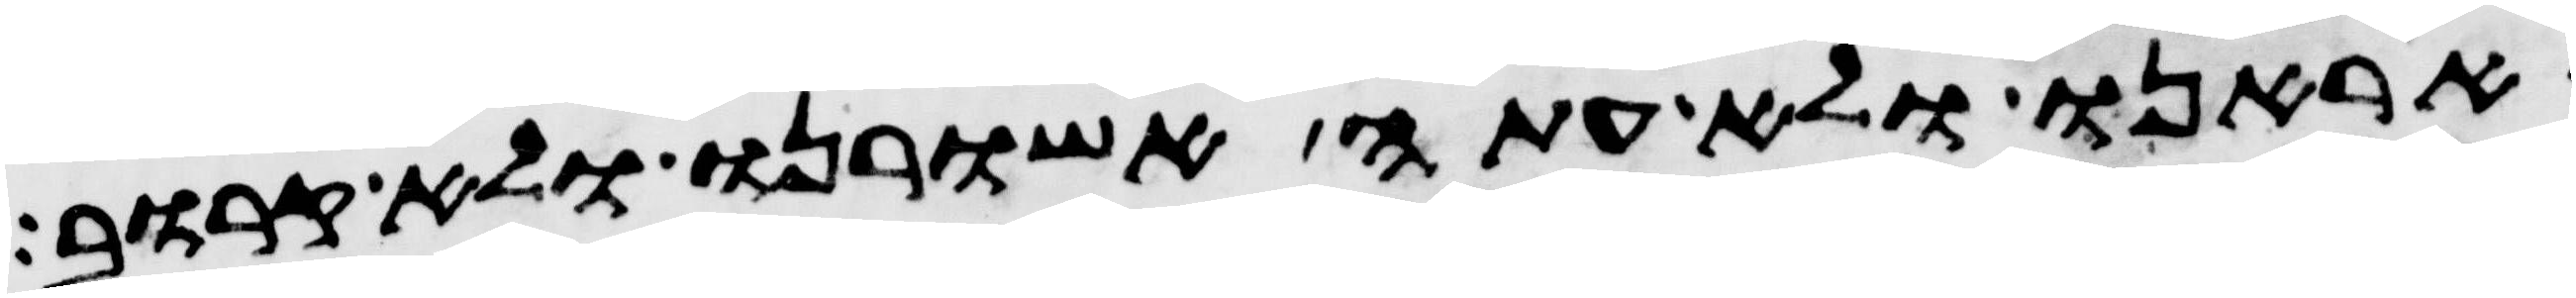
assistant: אראנו ולא עתה אשורנו ולא קרוב